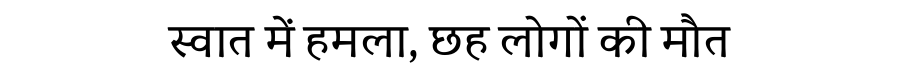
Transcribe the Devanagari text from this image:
स्वात में हमला, छह लोगों की मौत